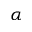
\alpha